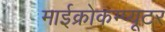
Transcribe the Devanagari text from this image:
माईक्रोकम्प्यूटर